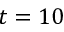
t = 1 0